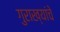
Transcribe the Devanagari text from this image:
गुराख्यांचे